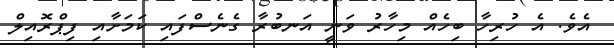
އެވެ. އެ ހުރިހާ ބިހެއް މިހާރު ވަނީ އަނބުރާ ގެނެސްފައި ކަމަށާއި ފިޕްރޮއިލް